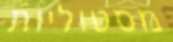
מסטוליות